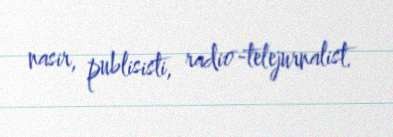
nasir, publisisti, radio-telejurnalist.